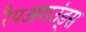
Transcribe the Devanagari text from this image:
रैपअराउंड्स